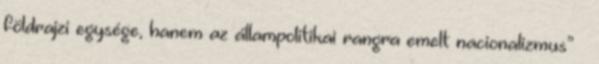
földrajzi egysége, hanem az állampolitikai rangra emelt nacionalizmus” –